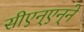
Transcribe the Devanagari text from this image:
सीएन्‌एन्‌ने